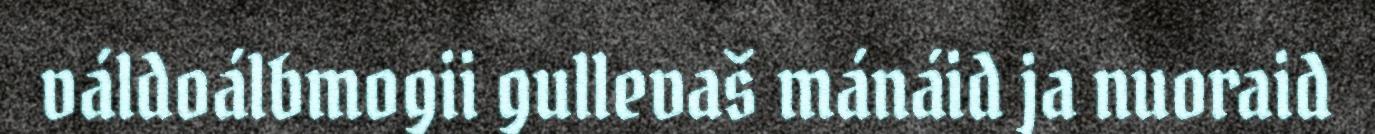
váldoálbmogii gullevaš mánáid ja nuoraid